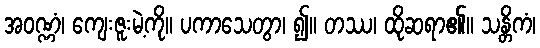
အဝဏ္ဏံ၊ ကျေးဇူးမဲ့ကို။ ပကာသေတွာ၊ ၍။ တဿ၊ ထိုဆရာ၏။ သန္တိကံ၊